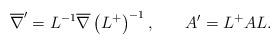
LaTeX: \begin{align*}\overline{\nabla}^{\prime}=L^{-1}\overline{\nabla}\left(L^{+}\right)^{-1}, \hspace{0.3in}A^{\prime }=L^{+}AL .\end{align*}